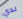
لدي